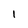
Character: I